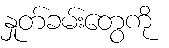
နှုတ်ခမ်းတွေကို